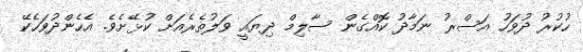
ހުކުރު ދުވަހު އަސްރު ނަމާދު ކޮއްގެން ސާލިމް ދިޔައީ ވަލުތެރެއަށް ކުޅޭށެވެ. އެހެންދުވަހެކޭ